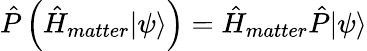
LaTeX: \hat{P}\left(\hat{H}_{matter}|\psi\rangle\right)=\hat{H}_{matter}\hat{P}|\psi\rangle